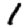
Digit: 1